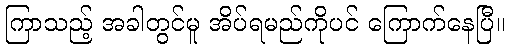
ကြာသည့် အခါတွင်မူ အိပ်ရမည်ကိုပင် ကြောက်နေပြီ။